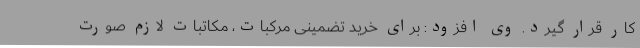
کار قرار گیرد. وی افزود: برای خرید تضمینی مرکبات، مکاتبات لازم صورت